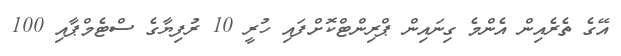
އޭގެ ތެރެއިން އެންމެ ގިނައިން ޕްރިންޓްކޮށްފައި ހުރީ 10 ރުފިޔާގެ ސްޓެމްޕާއި 100